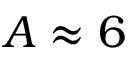
A \approx 6